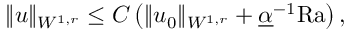
\begin{array} { r } { \| u \| _ { W ^ { 1 , r } } \leq C \left( \| u _ { 0 } \| _ { W ^ { 1 , r } } + \underline { { \alpha } } ^ { - 1 } \mathrm { { R a } } \right) , } \end{array}